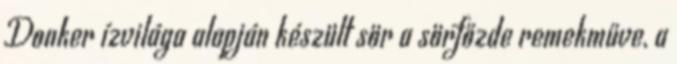
Donker ízvilága alapján készült sör a sörfőzde remekműve, a